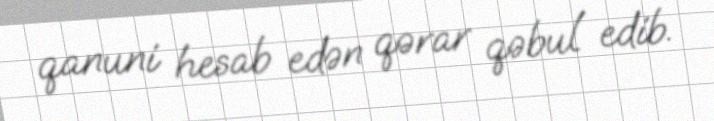
qanuni hesab edən qərar qəbul edib.